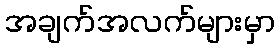
အချက်အလက်များမှာ